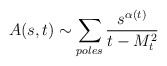
\begin{align*}A(s,t)\sim\sum_{poles}\frac{s^{\alpha(t)}}{t-M_{t}^{2}}\end{align*}